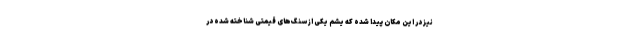
نیز در این مکان پیدا شده که یشم یکی از سنگ‌های قیمتی شناخته شده در